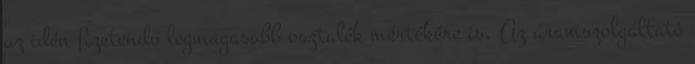
az idén fizetendő legmagasabb osztalék mértékére is. Az áramszolgáltató